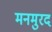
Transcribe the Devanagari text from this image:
मनमुरद